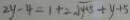
2 y - 4 = 1 + 2 \sqrt { 4 1 5 } + y + 5